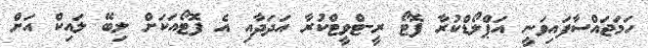
ހަމަޖައްސާފައިވަނީ އަޕްލޯޑްކުރާ ފޮޓޯ ރީ-ޓްވީޓްކުރާ އަދަދާއި އެ ފޮޓޯއަކަށް ލިބޭ ލައިކް އަށް